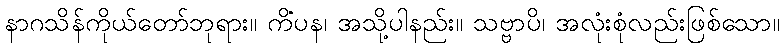
နာဂသိန်ကိုယ်တော်ဘုရား။ ကိံပန၊ အသို့ပါနည်း။ သဗ္ဗာပိ၊ အလုံးစုံလည်းဖြစ်သော။